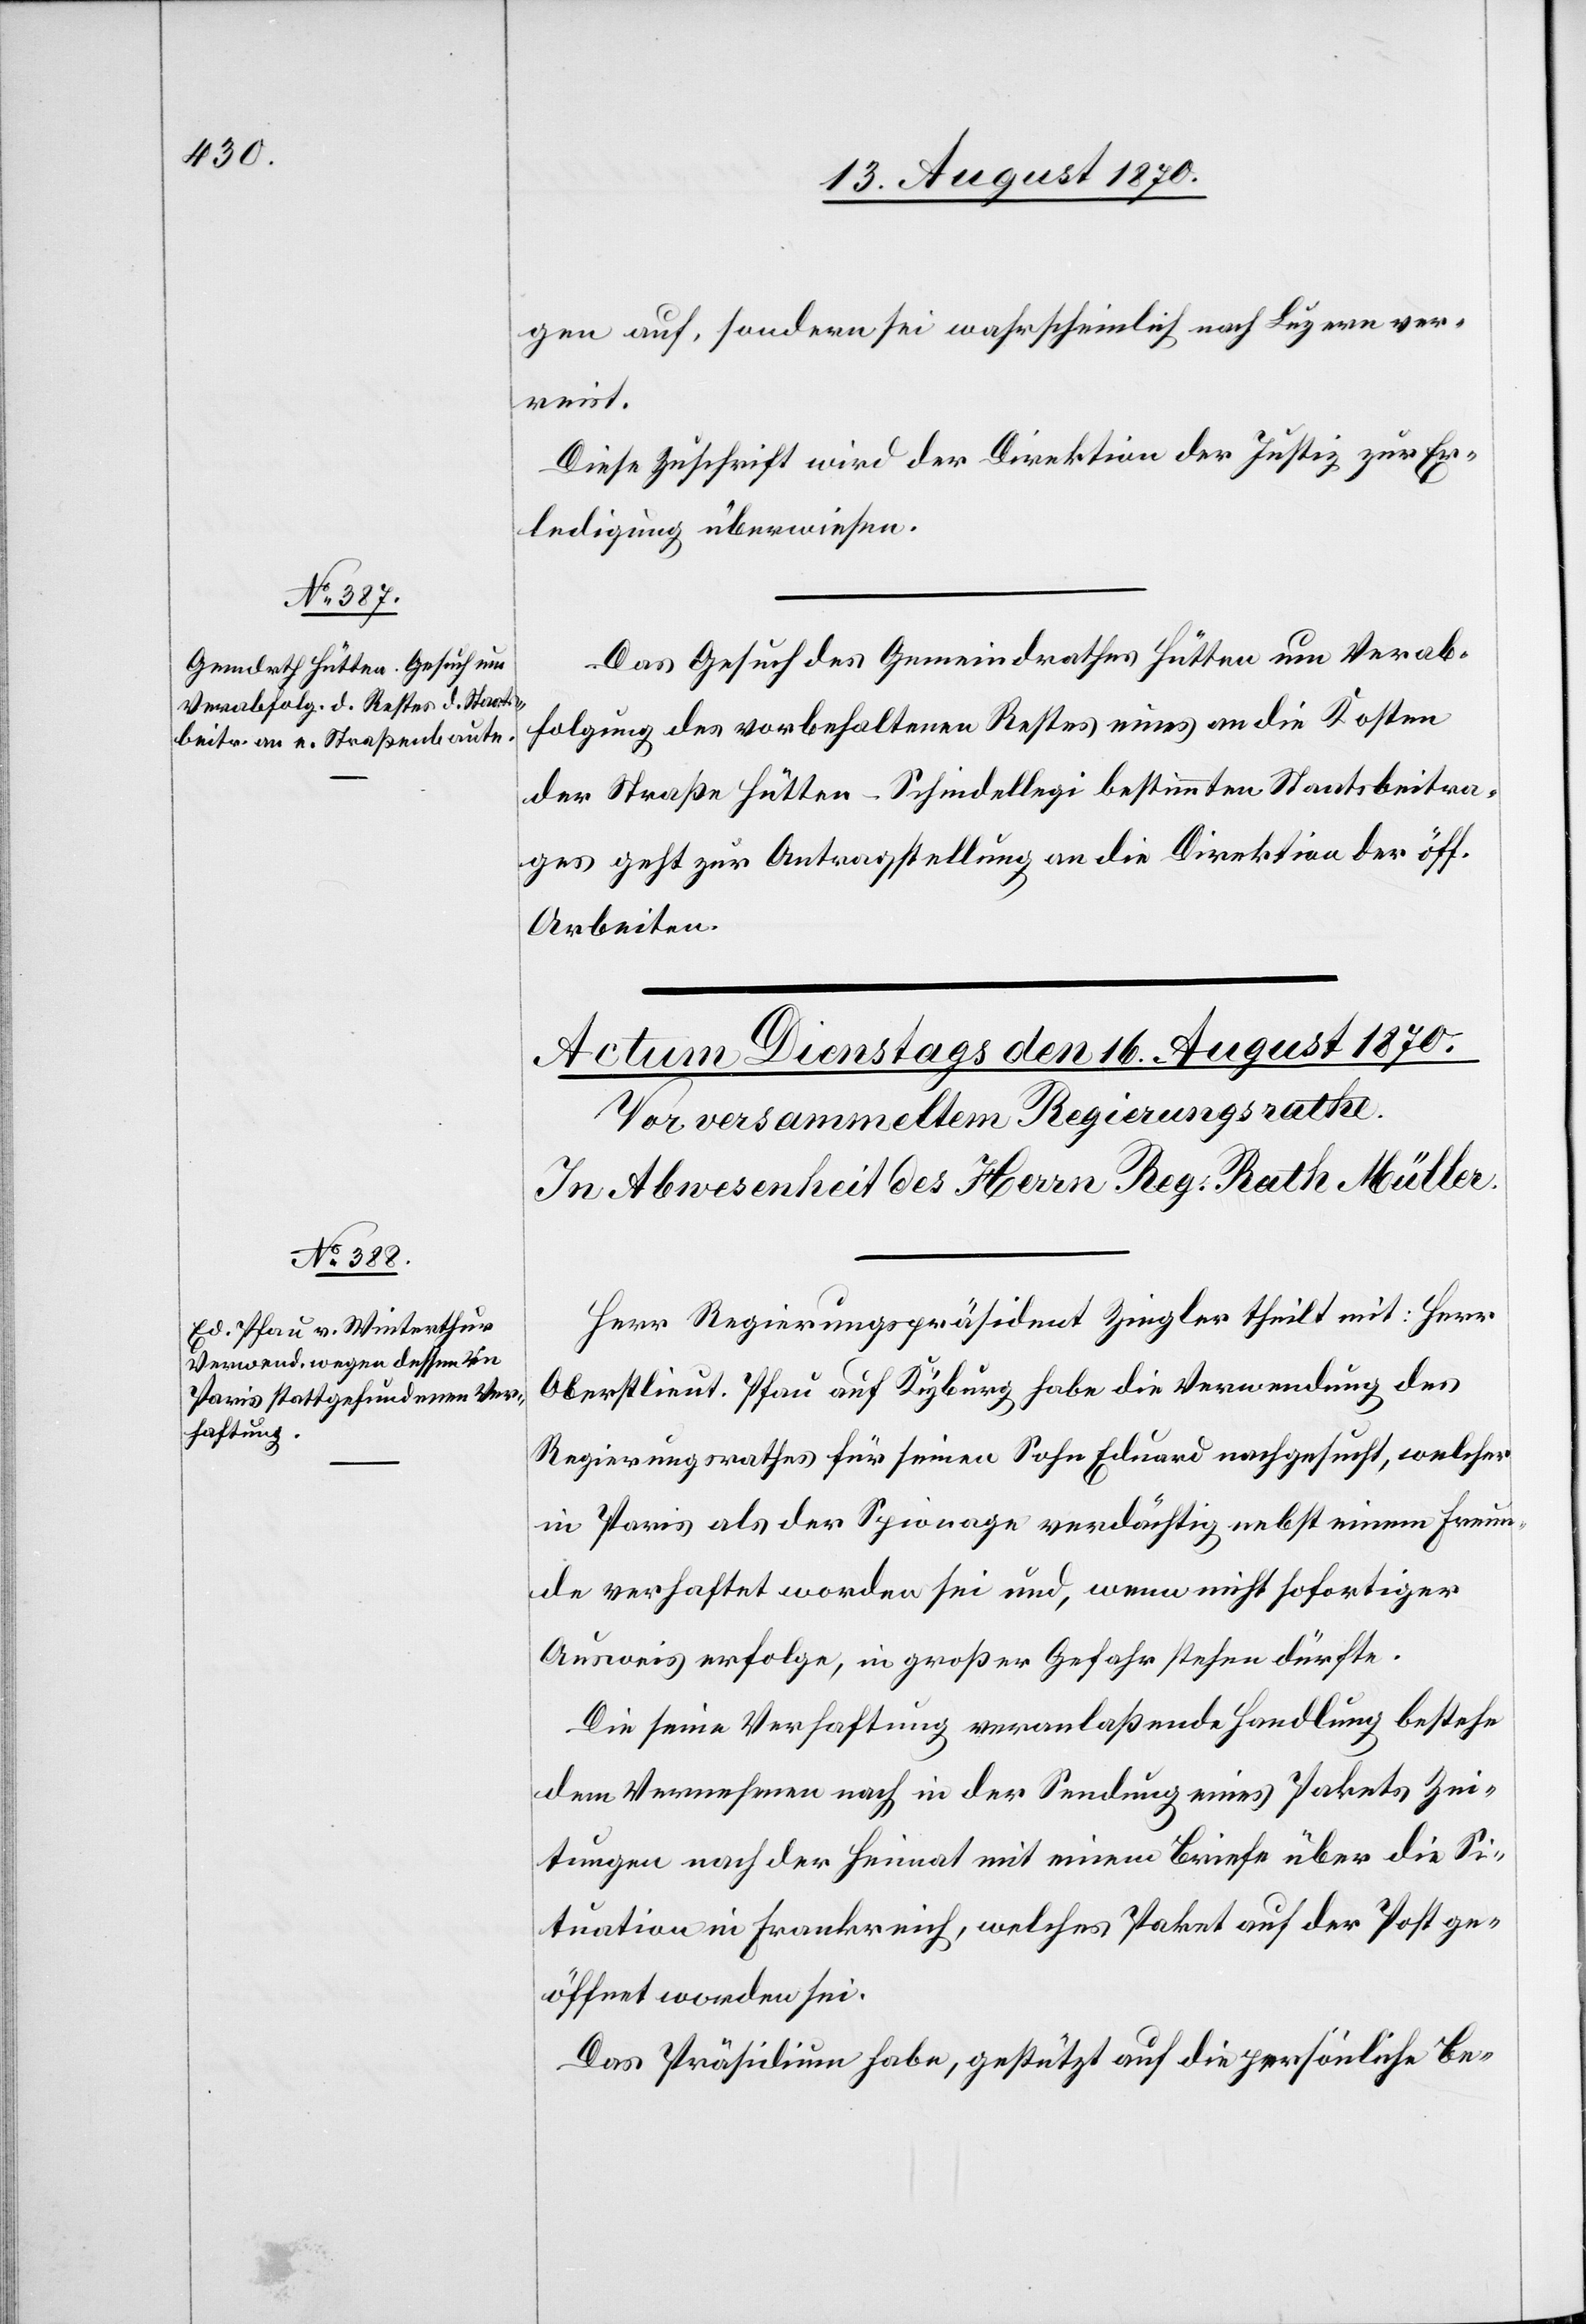
15. August 1870.]
gen auf, sondern sei wahrscheinlich nach Luzern ver¬
reist.
Diese Zuschrift wird der Direktion der Justiz zur Er¬
ledigung überwiesen.
Das Gesuch des Gemeindrath Hütten um Verab¬
folgung des vorbehaltenen Restes an die Kosten
der Straße Hütten–Schindellegi bestimmten Staatsbeitra¬
ges geht zur Antragstellung an die Direktion der öff.
Arbeiten.
Herr Regierungspräsident Ziegler theilt mit: Herr
Oberstlieut. Pfau auf Kyburg habe die Verwendung des
Regierungsrathes für seinen Sohn Eduard nachgesucht, welcher
in Paris als der Spionage verdächtig nebst einem Freun¬
de verhaftet worden sei und, wenn nicht sofortiger
Ausweis erfolge, in großer Gefahr stehen dürfte.
Die seine Verhaftung veranlaßende Handlung bestehe
dem Vernehmen nach in der Sendung eines Pakets Zei¬
tungen nach der Heimat mit einem Briefe über die Si¬
tuation in Frankreich, welches Paket auf der Post ge¬
öffnet worden sei.
Das Präsidium habe, gestützt auf die persönliche Be-